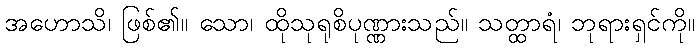
အဟောသိ၊ ဖြစ်၏။ သော၊ ထိုသုရုစိပုဏ္ဏားသည်။ သတ္ထာရံ၊ ဘုရားရှင်ကို။